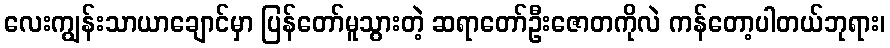
လေးကျွန်းသာယာချောင်မှာ ပြန်တော်မူသွားတဲ့ ဆရာတော်ဦးဇောတကိုလဲ ကန်တော့ပါတယ်ဘုရား၊